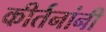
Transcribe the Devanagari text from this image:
कीर्तनांनी